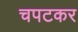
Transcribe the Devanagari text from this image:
चपटकर